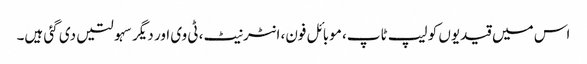
اس میں قیدیوں کو لیپ ٹاپ، موبائل فون، انٹرنیٹ، ٹی وی اور دیگر سہولتیں دی گئی ہیں۔